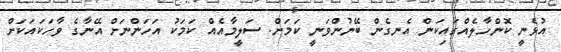
އުޅެނީ ކޮންހާލެއްގައިކަން އެނގެން ބޭނުންވަނީ ކަމަށް. ސަލީމާއެއް ކަމަކު އަހަންނަށް އޭނާގެ ވާހަކައަކަށް